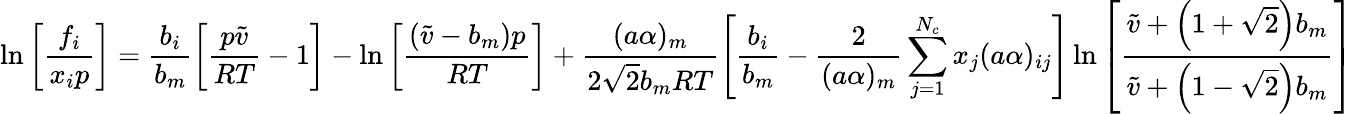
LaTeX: \ln{\left[\frac{f_{i}}{x_{i}p}\right]}=\frac{b_{i}}{b_{m}}\left[\frac{p\tilde{v}}{RT}-1\right]-\ln{\left[\frac{\left(\tilde{v}-b_{m}\right)p}{RT}\right]}+\frac{(a\alpha)_{m}}{2\sqrt{2}b_{m}RT}\left[\frac{b_{i}}{b_{m}}-\frac{2}{(a\alpha)_{m}}\sum_{j=1}^{N_{c}}x_{j}(a\alpha)_{ij}\right]\ln{\left[\frac{\tilde{v}+\left(1+\sqrt{2}\right)b_{m}}{\tilde{v}+\left(1-\sqrt{2}\right)b_{m}}\right]}